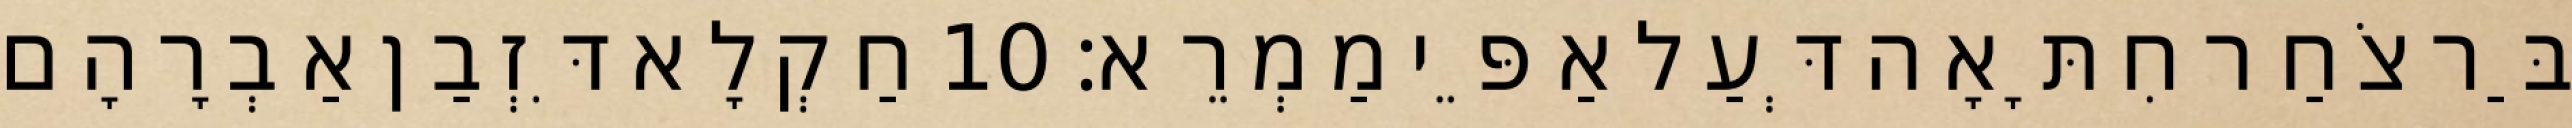
בַּר צֹחַר חִתָּאָה דְּעַל אַפֵּי מַמְרֵא׃ 10 חַקְלָא דִּזְבַן אַבְרָהָם